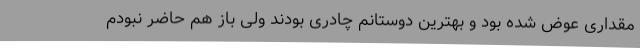
مقداری عوض شده بود و بهترین دوستانم چادری بودند ولی باز هم حاضر نبودم